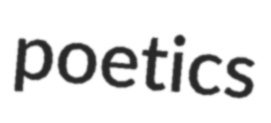
poetics